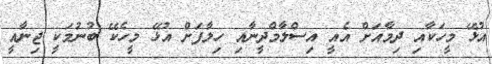
އުޅޭ މީހަކާއި ދިމާއަށް އެއީ އިސްލާމްދީނާއި ހިލާފަށް އުޅޭ މީހެކޭ ބުނުމަކީ ޖިނާއީ